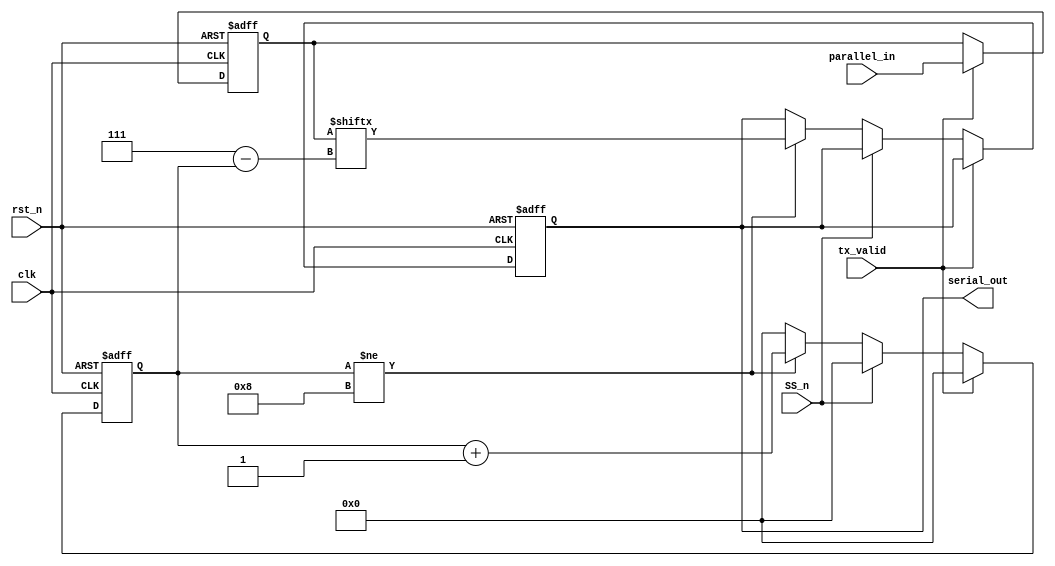
module parallel_to_serial 
(
	input wire 		 clk,
	input wire		 rst_n,
	input wire [7:0] parallel_in,
	input wire 		 tx_valid,
	input wire 		 SS_n,
	output reg 		 serial_out
);

	// parallel to serial conversion
	/* **************************************************** */
	reg [3:0] tx_counter;
	reg [7:0] temp_reg;
	always @(posedge clk or negedge rst_n) begin
		if (~rst_n) begin
			// reset
			serial_out <= 1'b0;
			tx_counter <= 4'b0; 
			temp_reg   <= 8'b0;
		end
		else if (tx_valid) begin
			temp_reg <= parallel_in;
			tx_counter <= 4'b0;
		end
		else if (~SS_n) begin
			if (tx_counter != 4'd8) begin
				serial_out <= temp_reg[7-tx_counter];  // transmit from MSB first
				tx_counter <= tx_counter + 1;
			end
			else
				tx_counter <= 4'b0;
		end
		else begin
			tx_counter <= 4'b0;
		end	

	end
endmodule
	/* **************************************************** */